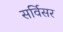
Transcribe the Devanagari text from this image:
सर्विसर